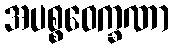
အပစ္စဝေက္ခဏာ